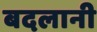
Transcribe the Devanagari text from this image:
बदलानी